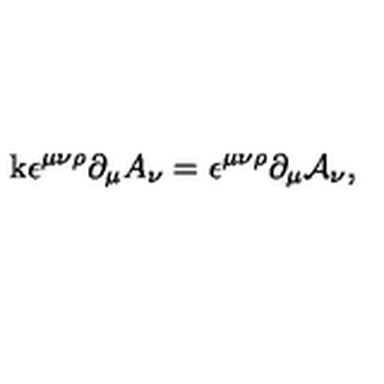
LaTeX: \mathrm { k } \epsilon ^ { \mu \nu \rho } \partial _ { \mu } A _ { \nu } = \epsilon ^ { \mu \nu \rho } \partial _ { \mu } \mathcal { A } _ { \nu } ,